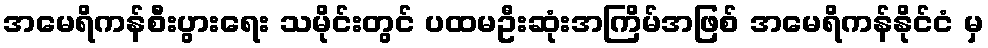
အမေရိကန်စီးပွားရေး သမိုင်းတွင် ပထမဦးဆုံးအကြိမ်အဖြစ် အမေရိကန်နိုင်ငံ မှ